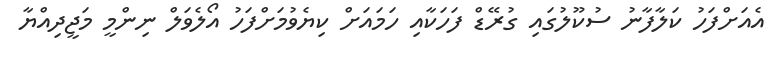
އެއަށްފަހު ކަލާފާނު ސުކޫލުގައި ގުރޭޑް ފަހަކާއި ހަމައަށް ކިޔެވުމަށްފަހު އޯލެވަލް ނިންމީ މަޖީދިއްޔާ